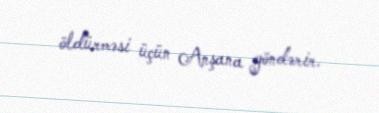
öldürməsi üçün Anşana göndərir.